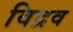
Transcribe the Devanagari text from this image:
विद्रव